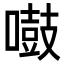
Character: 𠿤